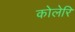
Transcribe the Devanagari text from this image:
कोलेरि